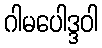
ဂါမပေါဒ္ဒဝါ